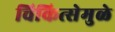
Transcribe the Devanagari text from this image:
चिकित्सेमुळे